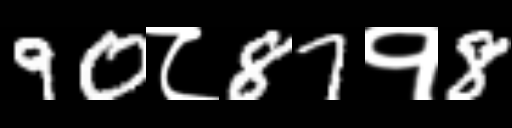
Text: 90८87१8